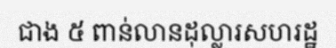
ជាង ៥ ពាន់លានដុល្លារសហរដ្ឋ